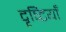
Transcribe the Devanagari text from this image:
दृष्‍टियाँ